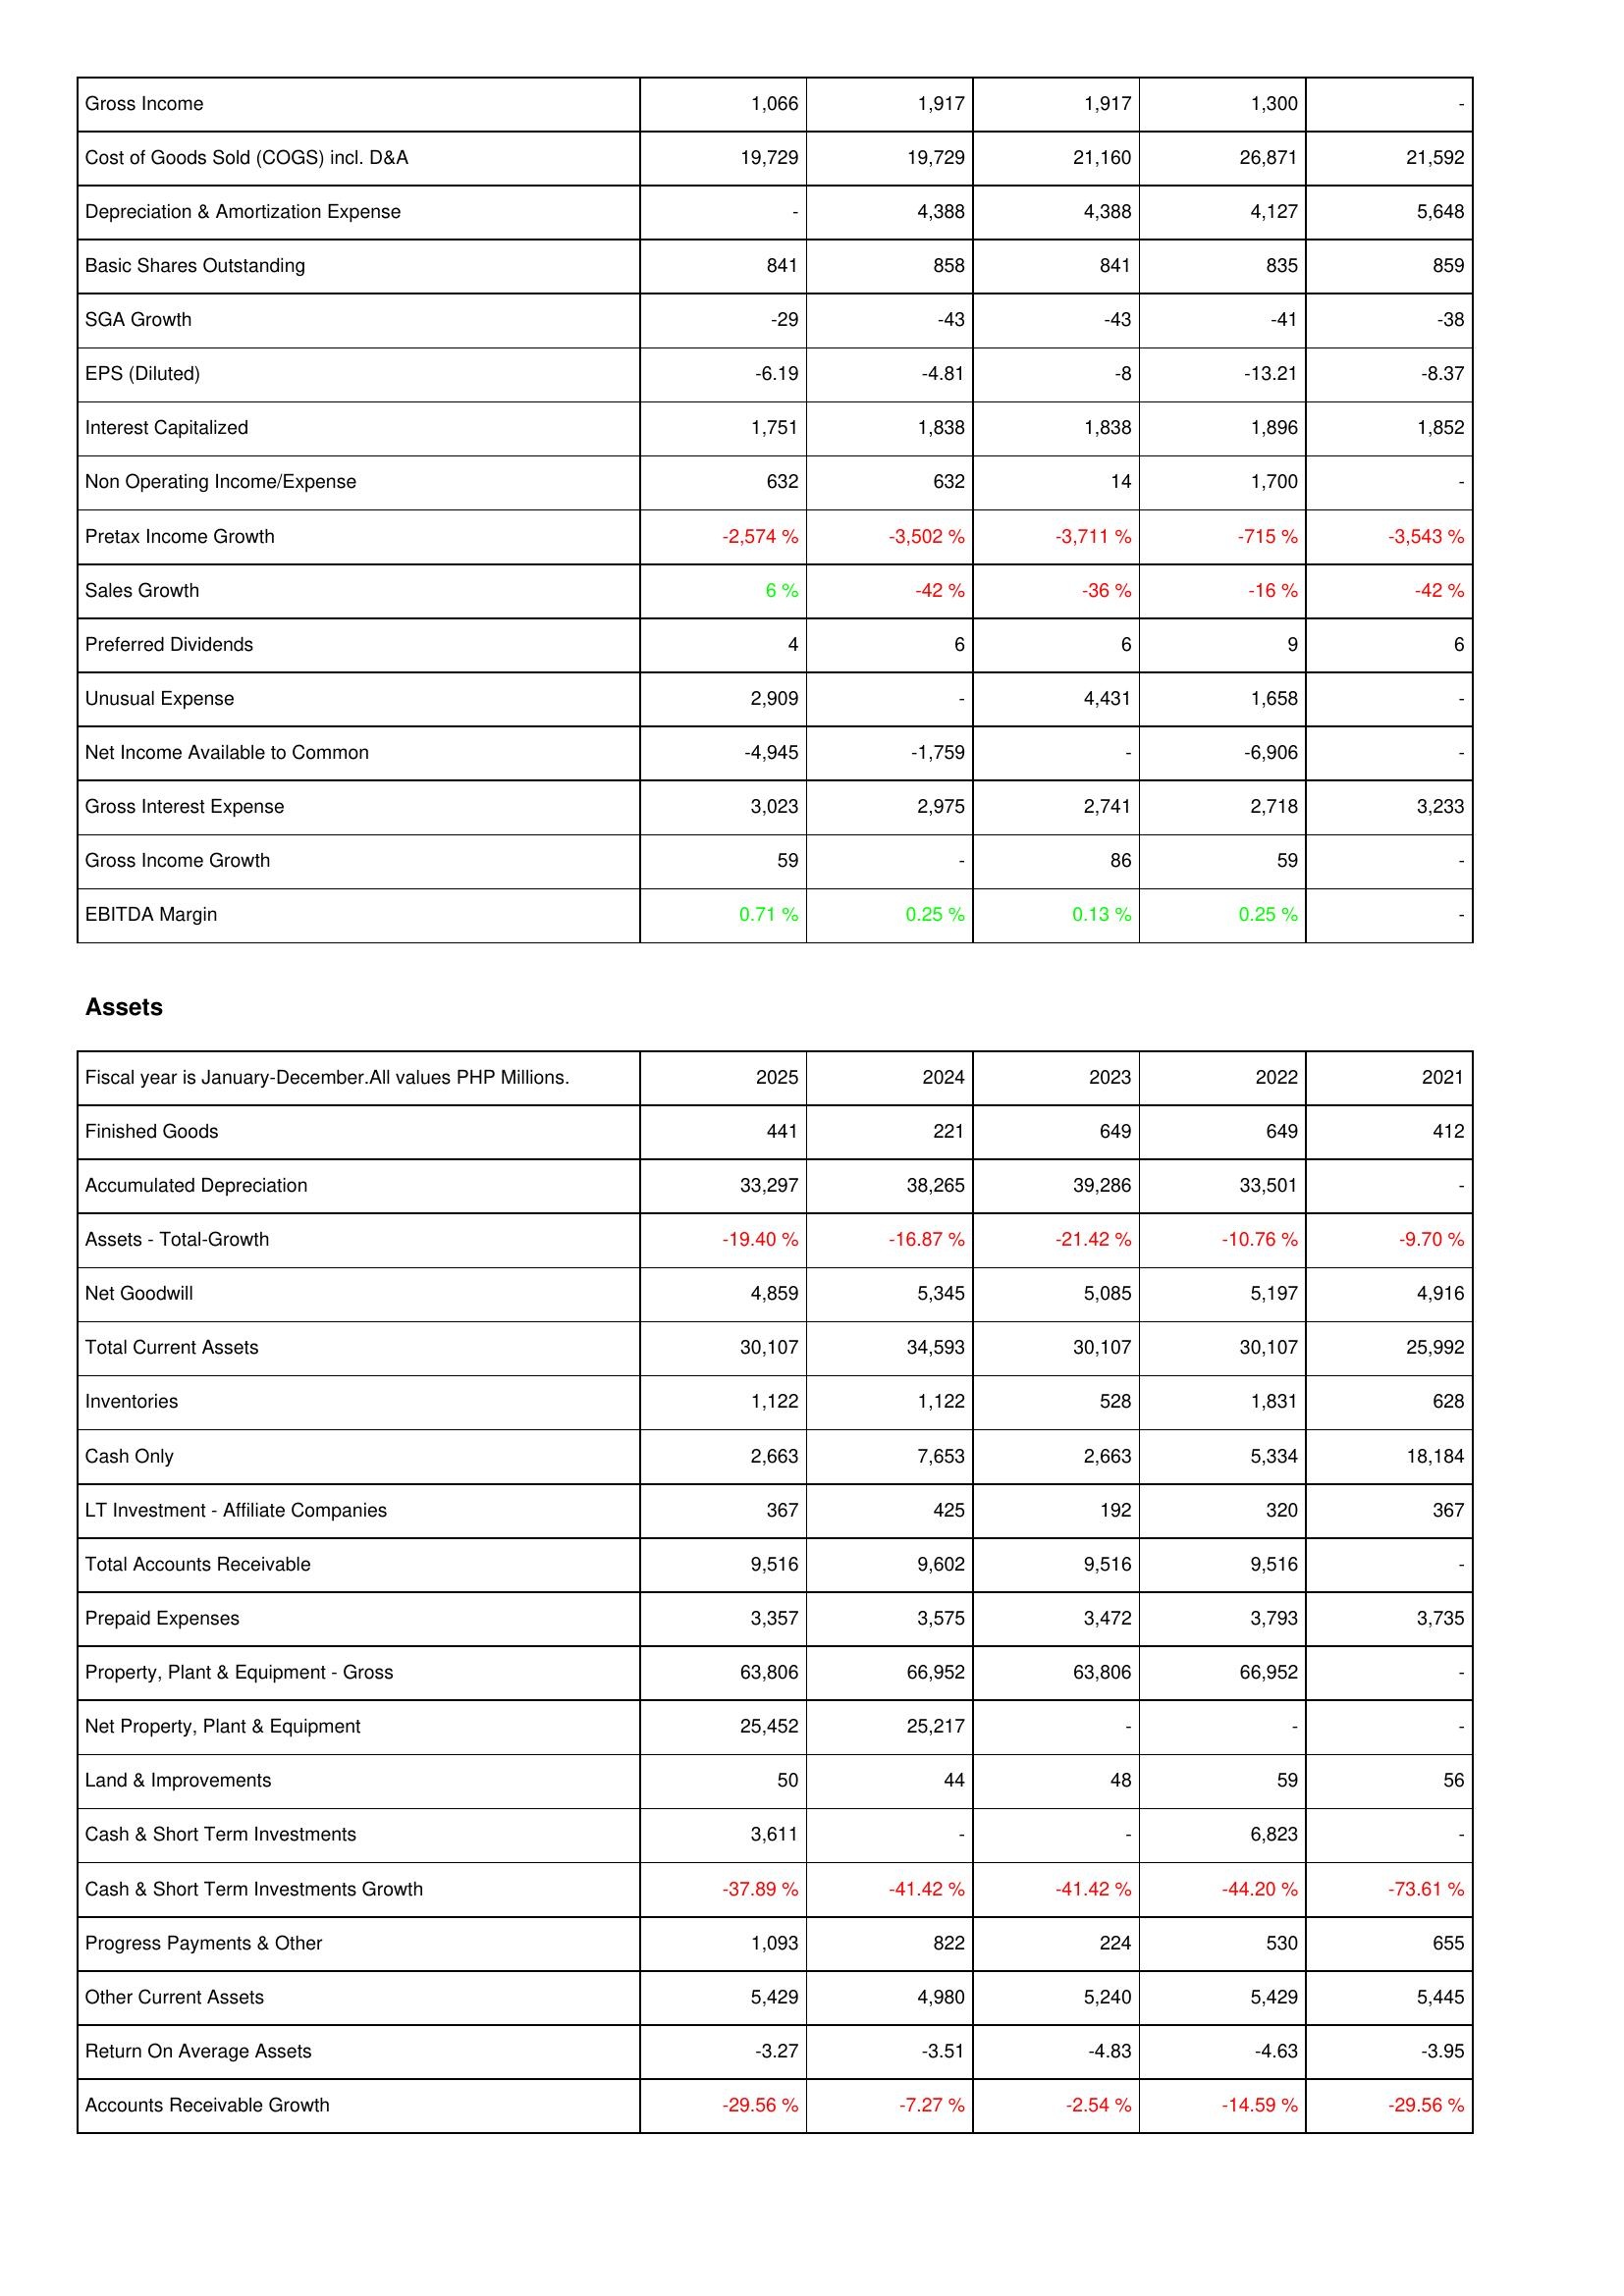
2025: Income Statement: Gross Income: 1,066
Cost of Goods Sold (COGS) incl. D&A: 19,729
Depreciation & Amortization Expense: -
Basic Shares Outstanding: 841
SGA Growth: -29
EPS (Diluted): -6.19
Interest Capitalized: 1,751
Non Operating Income/Expense: 632
Pretax Income Growth: -2,574 %
Sales Growth: 6 %
Preferred Dividends: 4
Unusual Expense: 2,909
Net Income Available to Common: -4,945
Gross Interest Expense: 3,023
Gross Income Growth: 59
EBITDA Margin: 0.71 %
Assets: Finished Goods: 441
Accumulated Depreciation: 33,297
Assets - Total-Growth: -19.40 %
Net Goodwill: 4,859
Total Current Assets: 30,107
Inventories: 1,122
Cash Only: 2,663
LT Investment - Affiliate Companies: 367
Total Accounts Receivable: 9,516
Prepaid Expenses: 3,357
Property, Plant & Equipment - Gross: 63,806
Net Property, Plant & Equipment: 25,452
Land & Improvements: 50
Cash & Short Term Investments: 3,611
Cash & Short Term Investments Growth: -37.89 %
Progress Payments & Other: 1,093
Other Current Assets: 5,429
Return On Average Assets: -3.27
Accounts Receivable Growth: -29.56 %
2024: Income Statement: Gross Income: 1,917
Cost of Goods Sold (COGS) incl. D&A: 19,729
Depreciation & Amortization Expense: 4,388
Basic Shares Outstanding: 858
SGA Growth: -43
EPS (Diluted): -4.81
Interest Capitalized: 1,838
Non Operating Income/Expense: 632
Pretax Income Growth: -3,502 %
Sales Growth: -42 %
Preferred Dividends: 6
Unusual Expense: -
Net Income Available to Common: -1,759
Gross Interest Expense: 2,975
Gross Income Growth: -
EBITDA Margin: 0.25 %
Assets: Finished Goods: 221
Accumulated Depreciation: 38,265
Assets - Total-Growth: -16.87 %
Net Goodwill: 5,345
Total Current Assets: 34,593
Inventories: 1,122
Cash Only: 7,653
LT Investment - Affiliate Companies: 425
Total Accounts Receivable: 9,602
Prepaid Expenses: 3,575
Property, Plant & Equipment - Gross: 66,952
Net Property, Plant & Equipment: 25,217
Land & Improvements: 44
Cash & Short Term Investments: -
Cash & Short Term Investments Growth: -41.42 %
Progress Payments & Other: 822
Other Current Assets: 4,980
Return On Average Assets: -3.51
Accounts Receivable Growth: -7.27 %
2023: Income Statement: Gross Income: 1,917
Cost of Goods Sold (COGS) incl. D&A: 21,160
Depreciation & Amortization Expense: 4,388
Basic Shares Outstanding: 841
SGA Growth: -43
EPS (Diluted): -8
Interest Capitalized: 1,838
Non Operating Income/Expense: 14
Pretax Income Growth: -3,711 %
Sales Growth: -36 %
Preferred Dividends: 6
Unusual Expense: 4,431
Net Income Available to Common: -
Gross Interest Expense: 2,741
Gross Income Growth: 86
EBITDA Margin: 0.13 %
Assets: Finished Goods: 649
Accumulated Depreciation: 39,286
Assets - Total-Growth: -21.42 %
Net Goodwill: 5,085
Total Current Assets: 30,107
Inventories: 528
Cash Only: 2,663
LT Investment - Affiliate Companies: 192
Total Accounts Receivable: 9,516
Prepaid Expenses: 3,472
Property, Plant & Equipment - Gross: 63,806
Net Property, Plant & Equipment: -
Land & Improvements: 48
Cash & Short Term Investments: -
Cash & Short Term Investments Growth: -41.42 %
Progress Payments & Other: 224
Other Current Assets: 5,240
Return On Average Assets: -4.83
Accounts Receivable Growth: -2.54 %
2022: Income Statement: Gross Income: 1,300
Cost of Goods Sold (COGS) incl. D&A: 26,871
Depreciation & Amortization Expense: 4,127
Basic Shares Outstanding: 835
SGA Growth: -41
EPS (Diluted): -13.21
Interest Capitalized: 1,896
Non Operating Income/Expense: 1,700
Pretax Income Growth: -715 %
Sales Growth: -16 %
Preferred Dividends: 9
Unusual Expense: 1,658
Net Income Available to Common: -6,906
Gross Interest Expense: 2,718
Gross Income Growth: 59
EBITDA Margin: 0.25 %
Assets: Finished Goods: 649
Accumulated Depreciation: 33,501
Assets - Total-Growth: -10.76 %
Net Goodwill: 5,197
Total Current Assets: 30,107
Inventories: 1,831
Cash Only: 5,334
LT Investment - Affiliate Companies: 320
Total Accounts Receivable: 9,516
Prepaid Expenses: 3,793
Property, Plant & Equipment - Gross: 66,952
Net Property, Plant & Equipment: -
Land & Improvements: 59
Cash & Short Term Investments: 6,823
Cash & Short Term Investments Growth: -44.20 %
Progress Payments & Other: 530
Other Current Assets: 5,429
Return On Average Assets: -4.63
Accounts Receivable Growth: -14.59 %
2021: Income Statement: Gross Income: -
Cost of Goods Sold (COGS) incl. D&A: 21,592
Depreciation & Amortization Expense: 5,648
Basic Shares Outstanding: 859
SGA Growth: -38
EPS (Diluted): -8.37
Interest Capitalized: 1,852
Non Operating Income/Expense: -
Pretax Income Growth: -3,543 %
Sales Growth: -42 %
Preferred Dividends: 6
Unusual Expense: -
Net Income Available to Common: -
Gross Interest Expense: 3,233
Gross Income Growth: -
EBITDA Margin: -
Assets: Finished Goods: 412
Accumulated Depreciation: -
Assets - Total-Growth: -9.70 %
Net Goodwill: 4,916
Total Current Assets: 25,992
Inventories: 628
Cash Only: 18,184
LT Investment - Affiliate Companies: 367
Total Accounts Receivable: -
Prepaid Expenses: 3,735
Property, Plant & Equipment - Gross: -
Net Property, Plant & Equipment: -
Land & Improvements: 56
Cash & Short Term Investments: -
Cash & Short Term Investments Growth: -73.61 %
Progress Payments & Other: 655
Other Current Assets: 5,445
Return On Average Assets: -3.95
Accounts Receivable Growth: -29.56 %